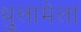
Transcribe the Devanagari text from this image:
थुलामेला